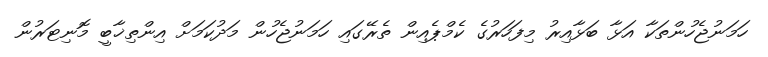
ހަމަނުޖެހުންތަކާ އަޅާ ބަޅާއިރު މިފަހަރުގެ ކެމްޕެއިން ތެރޭގައި ހަމަނުޖެހުން މަދުކަމަށް އިންތިޚާބީ މޮނިޓަރުން